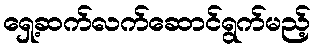
ရှေ့ဆက်လက်ဆောင်ရွက်မည့်